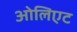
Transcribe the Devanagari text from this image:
ओलिएट